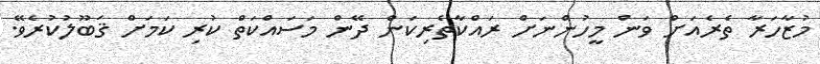
މުޒާހަރާ ތެރެެއަށް ވަން މީހުންނަށް ރައްކާތެރިކަން ދޭން މަަސައްކަތް ކުރި ކަމަށް ޤަބޫލުކުރެވޭ.